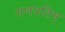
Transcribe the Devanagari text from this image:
गणपतिम्‌